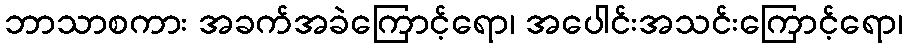
ဘာသာစကား အခက်အခဲကြောင့်ရော၊ အပေါင်းအသင်းကြောင့်ရော၊